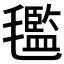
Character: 𣰦